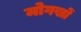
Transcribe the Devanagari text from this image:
मोगखों